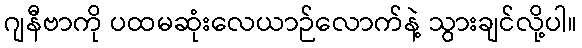
ဂျနီဗာကို ပထမဆုံးလေယာဉ်လောက်နဲ့ သွားချင်လို့ပါ။